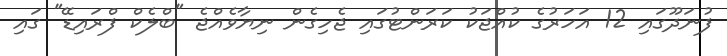
ފުނަދޫގައި 12 އަހަރުގެ ކުއްޖަކު ކަރަންޓުގައި ޖެހިގެން ނިޔާވެއްޖެ "ބްލެކް ފްރައިޑޭ" ގައި